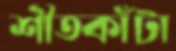
শীতকাঁটা